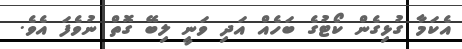
އެކަމާ ގުޅިގެން ކޯޓުގެ ބަހެއް އަދި ވަނީ ލިބޭ ގޮތް ނުވެފަ އެވެ.